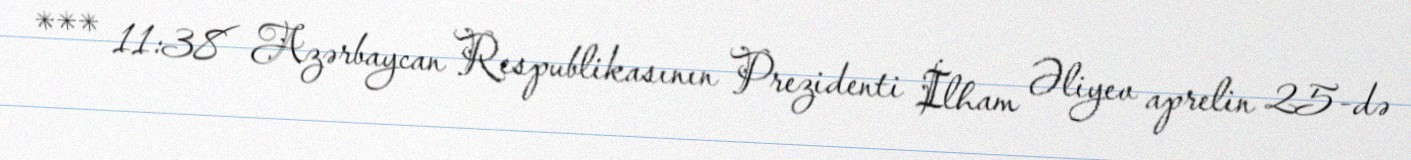
*** 11:38 Azərbaycan Respublikasının Prezidenti İlham Əliyev aprelin 25-də